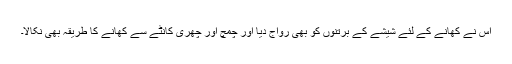
اُس نے کھانے کے لئے شیشے کے برتنوں کو بھی رواج دیا اور چمچ اور چھری کانٹے سے کھانے کا طریقہ بھی نکالا۔